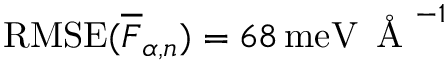
\mathrm { R M S E } ( \overline { { F } } _ { \alpha , n } ) = 6 8 \, \mathrm { m e V } \, \mathrm { ~ \AA ~ } ^ { - 1 }